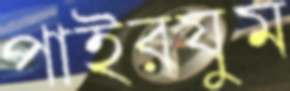
পাইরযুম